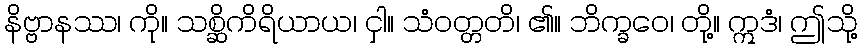
နိဗ္ဗာနဿ၊ ကို။ သစ္ဆိကိရိယာယ၊ ငှါ။ သံဝတ္တတိ၊ ၏။ ဘိက္ခဝေ၊ တို့။ ဣဒံ၊ ဤသို့